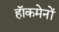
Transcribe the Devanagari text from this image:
हाॅकमेनों